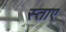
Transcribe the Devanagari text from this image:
स्ताए